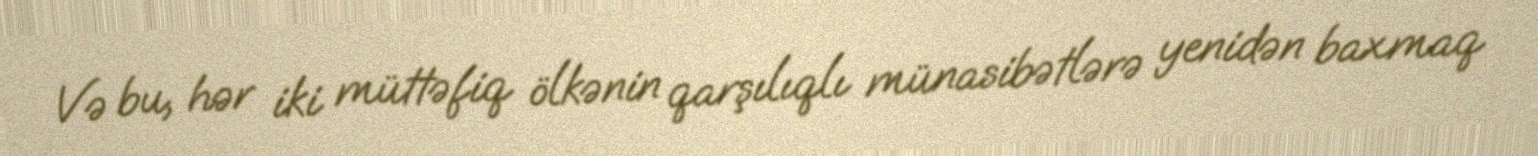
Və bu, hər iki müttəfiq ölkənin qarşılıqlı münasibətlərə yenidən baxmaq